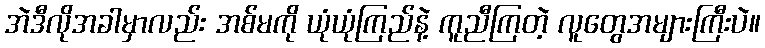
အဲဒီလိုအခါမှာလည်း အစ်မကို ယုံယုံကြည်နဲ့ ကူညီကြတဲ့ လူတွေအများကြီးပဲ။